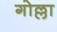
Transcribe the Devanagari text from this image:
गोल्ला